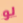
لو